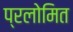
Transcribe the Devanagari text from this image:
प्रलोमित